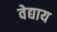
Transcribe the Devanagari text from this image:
वेद्याय